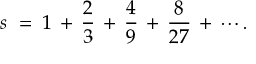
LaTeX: s \; = \; 1 \, + \, { \frac { 2 } { 3 } } \, + \, { \frac { 4 } { 9 } } \, + \, { \frac { 8 } { 2 7 } } \, + \, \cdots .